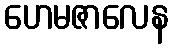
ဟေမဇာလေန